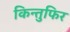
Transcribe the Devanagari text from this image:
किन्तुफिर